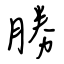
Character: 勝